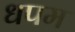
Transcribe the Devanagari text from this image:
धपम